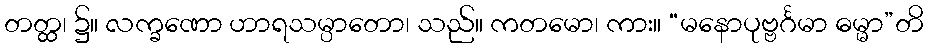
တတ္ထ၊ ၌။ လက္ခဏော ဟာရသမ္ပာတော၊ သည်။ ကတမော၊ ကား။ “မနောပုဗ္ဗင်္ဂမာ ဓမ္မာ”တိ